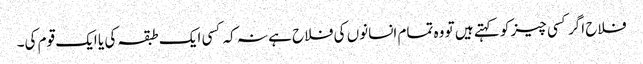
فلاح اگر کسی چیز کو کہتے ہیں تو وہ تمام انسانوں کی فلاح ہے نہ کہ کسی ایک طبقہ کی یا ایک قوم کی۔